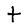
Character: t